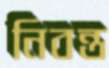
নিবন্ত